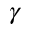
\gamma